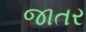
જાતર